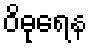
ဝိဓုရေန